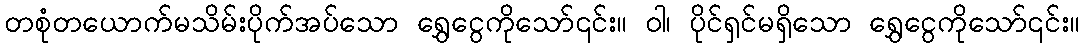
တစုံတယောက်မသိမ်းပိုက်အပ်သော ရွှေငွေကိုသော်၎င်း။ ဝါ၊ ပိုင်ရှင်မရှိသော ရွှေငွေကိုသော်၎င်း။